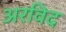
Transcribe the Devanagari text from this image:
अरविद